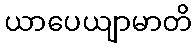
ယာပေယျာမာတိ